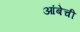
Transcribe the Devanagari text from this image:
आंबेची